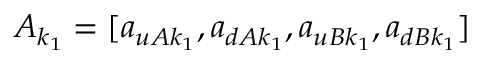
A _ { k _ { 1 } } = [ a _ { u A k _ { 1 } } , a _ { d A k _ { 1 } } , a _ { u B k _ { 1 } } , a _ { d B k _ { 1 } } ]